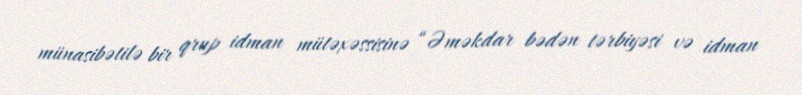
münasibətilə bir qrup idman mütəxəssisinə “Əməkdar bədən tərbiyəsi və idman